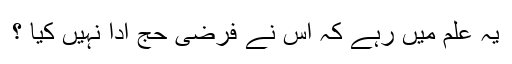
يہ علم ميں رہے كہ اس نے فرضى حج ادا نہيں كيا ؟